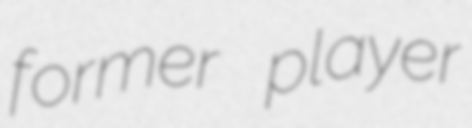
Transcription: former player